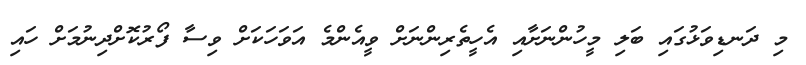
މި ދަނޑިވަޅުގައި ބަލި މީހުންނަށާއި އެހީތެރިންނަށް ވީއެންމެ އަވަހަކަށް ވިސާ ފޯރުކޮށްދިނުމަށް ހައި